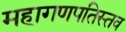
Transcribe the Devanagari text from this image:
महागणपतिस्तव